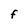
Character: F